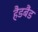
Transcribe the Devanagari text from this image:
हैडबैंड